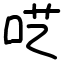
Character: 呓